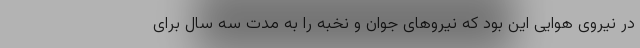
در نیروی هوایی این بود که نیروهای جوان و نخبه را به مدت سه سال برای